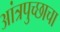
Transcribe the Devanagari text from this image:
आंत्रपुच्छाचा